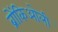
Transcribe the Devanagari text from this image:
ब्रोंकिओली